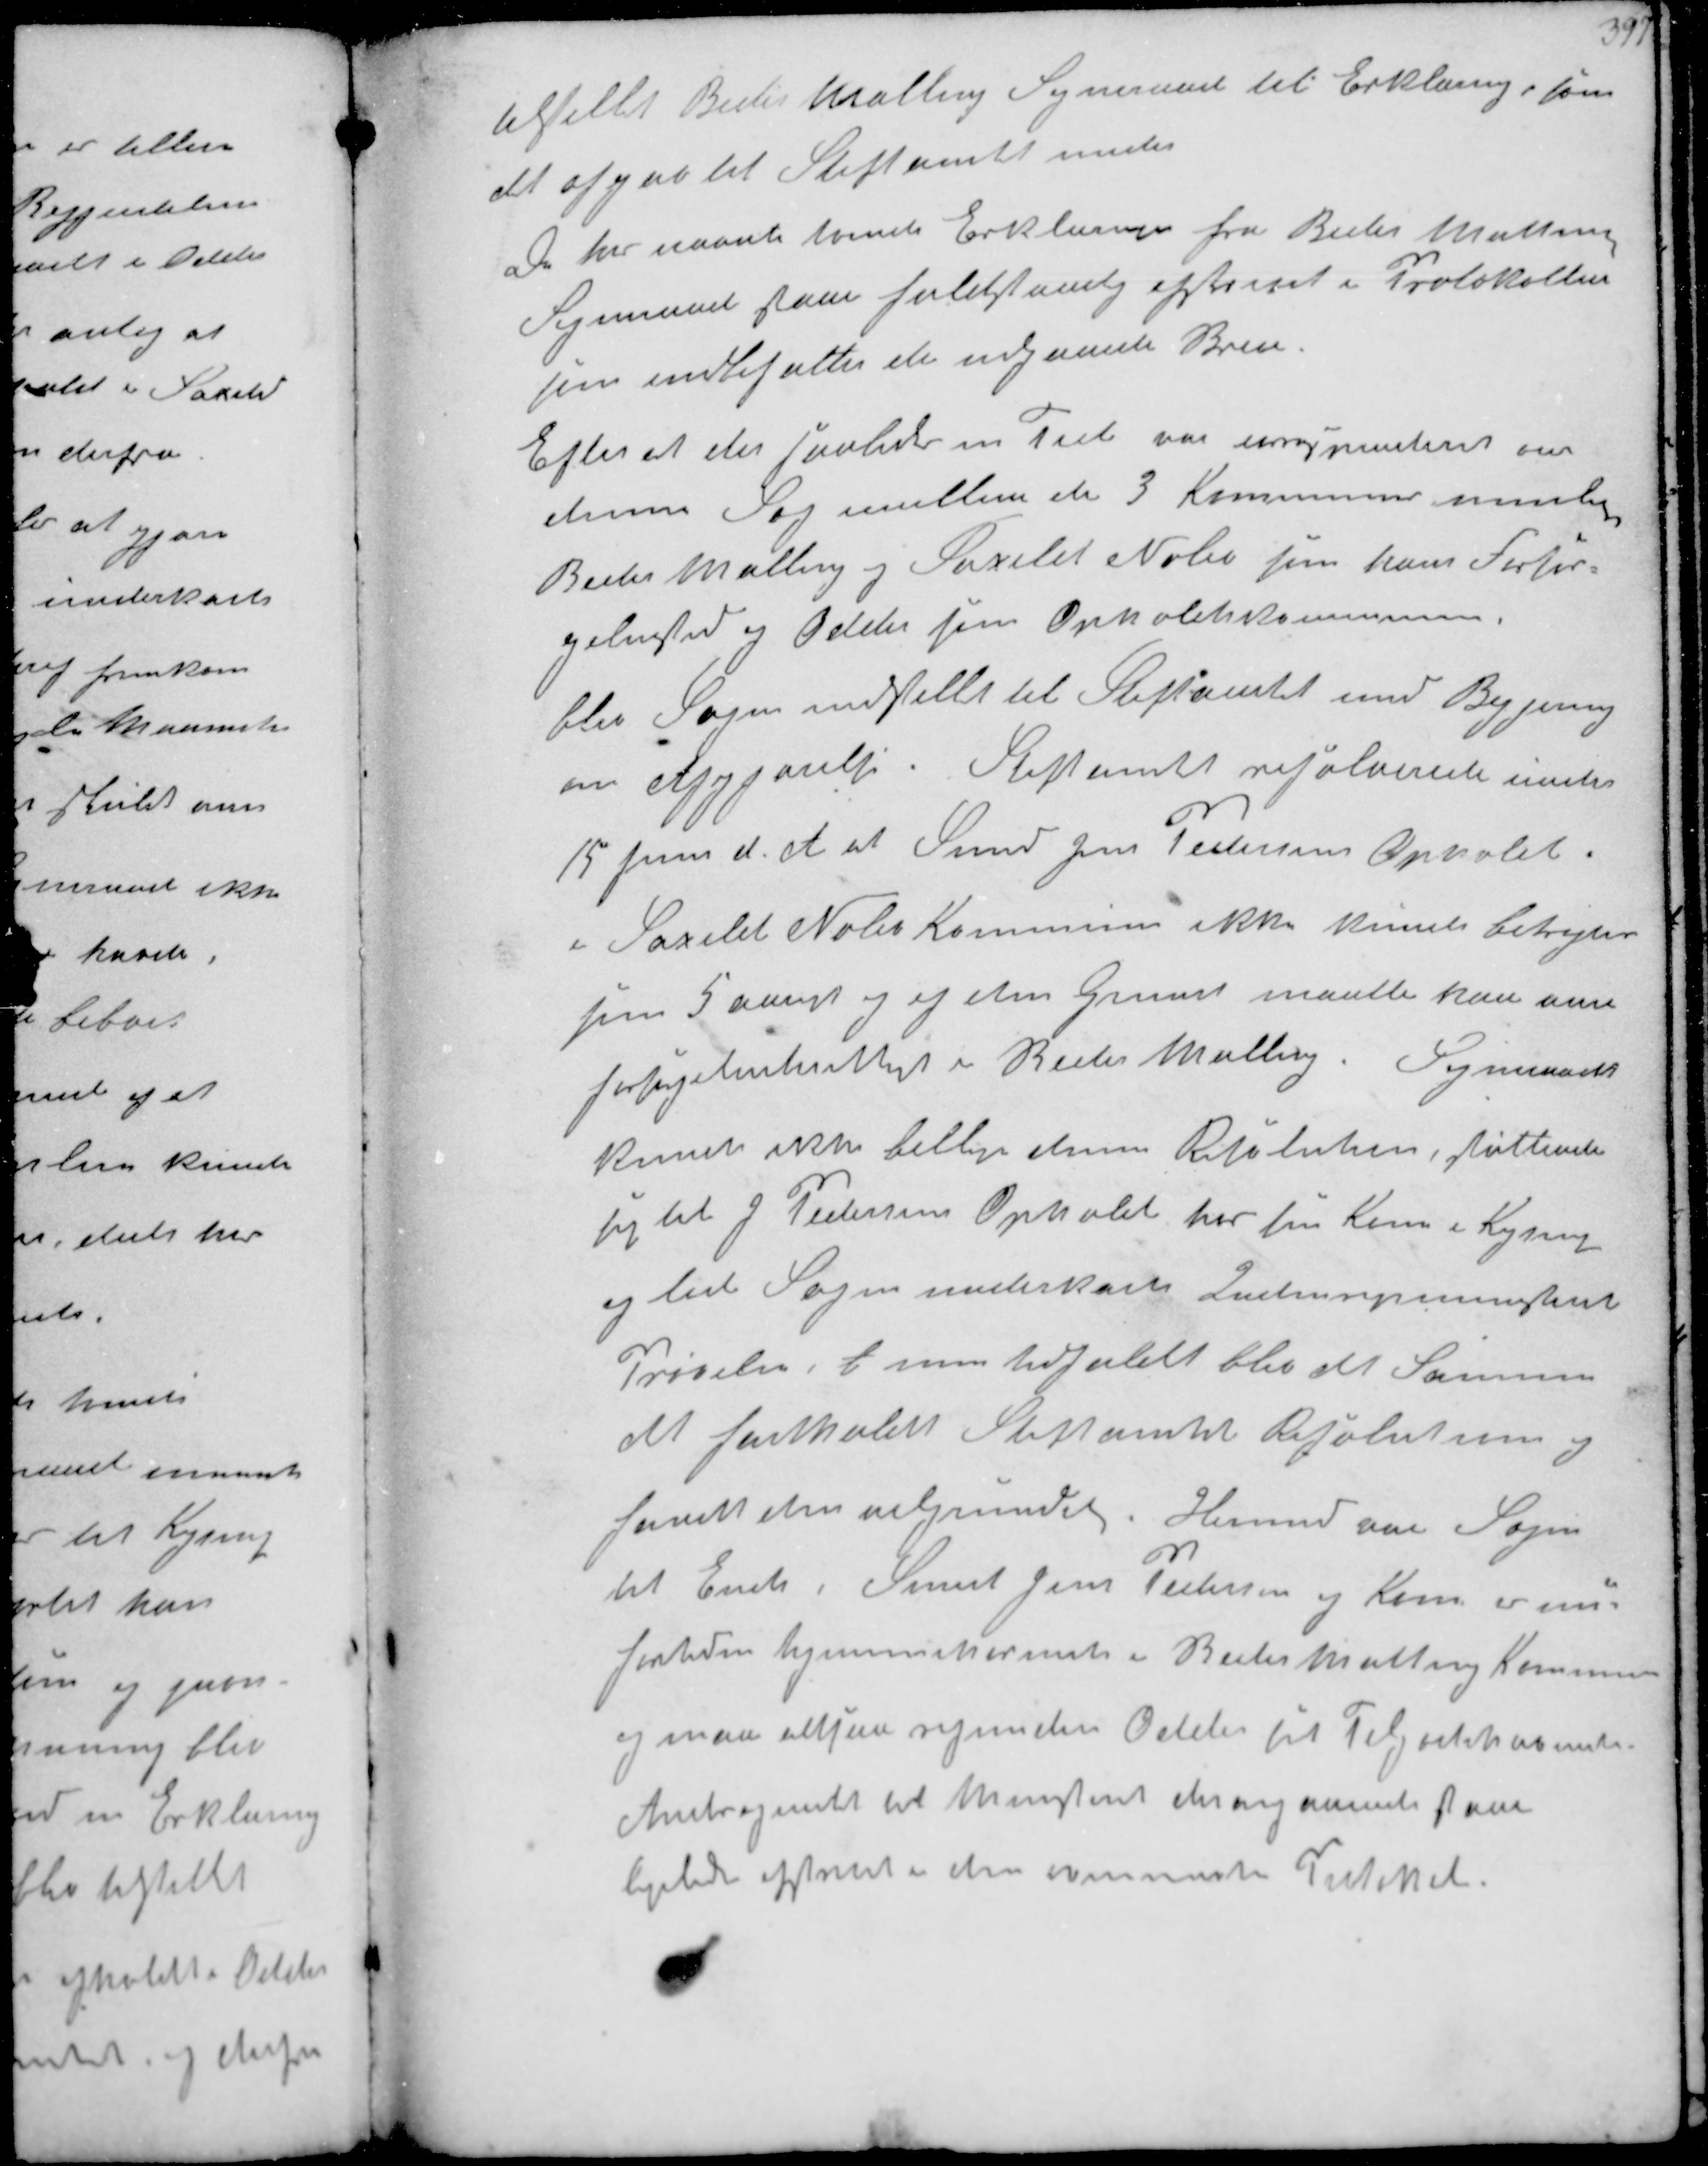
Transskription:
tilstillet Beder Malling Sogneraad til Erklæring, som
det afgav til Stiftamtet under
De her nævnte tvende Erklæringer fra Beder Malling
Sogneraad som fuldstændig afskrevet i Protokollen
som indbefatter de udgaaende Breve
Efter at der saaledes en Tid var nærmere om
denne Sag imellem de 3 Kommuner nemlig
Beder Malling og Saxild Nølev som hans Forsør-
gelsessted og Odder som Opholdskommune
blev Sagen indstillet til Stiftamtet med Begjering
om Afgjørelse. Stiftamtet resolverede under
15 Juni d. A at Smed Jens Pedersens Ophold

i Saxild Nølev Kommune ikke kunde betragtes
som 5 aarigt og af den Grund maatte han være
forsøgelsesberettiget i Beder Malling Sogneraadet
kunde ikke billige denne Resolution, støttende
sig til J Pedersens Ophold hos sin Kone i Kysing
og lod Sagen underkaste Indenrigsministeriets
Prøvelse, l men Udfaldet blev det samme
det fastholdt Stiftamtet Resolution
samt den  Hermed var Sagen
til Ende, Samt Jens Pedersen og Kone er nu
fortiden hjemmehørende i Beder Malling Kommune
og maa altsaa refundere Odder sit Tilgodehavende
Andragendet til Ministeriet det angaaende hans
ligeledes afskrevet i den ovennævnte Protokol.